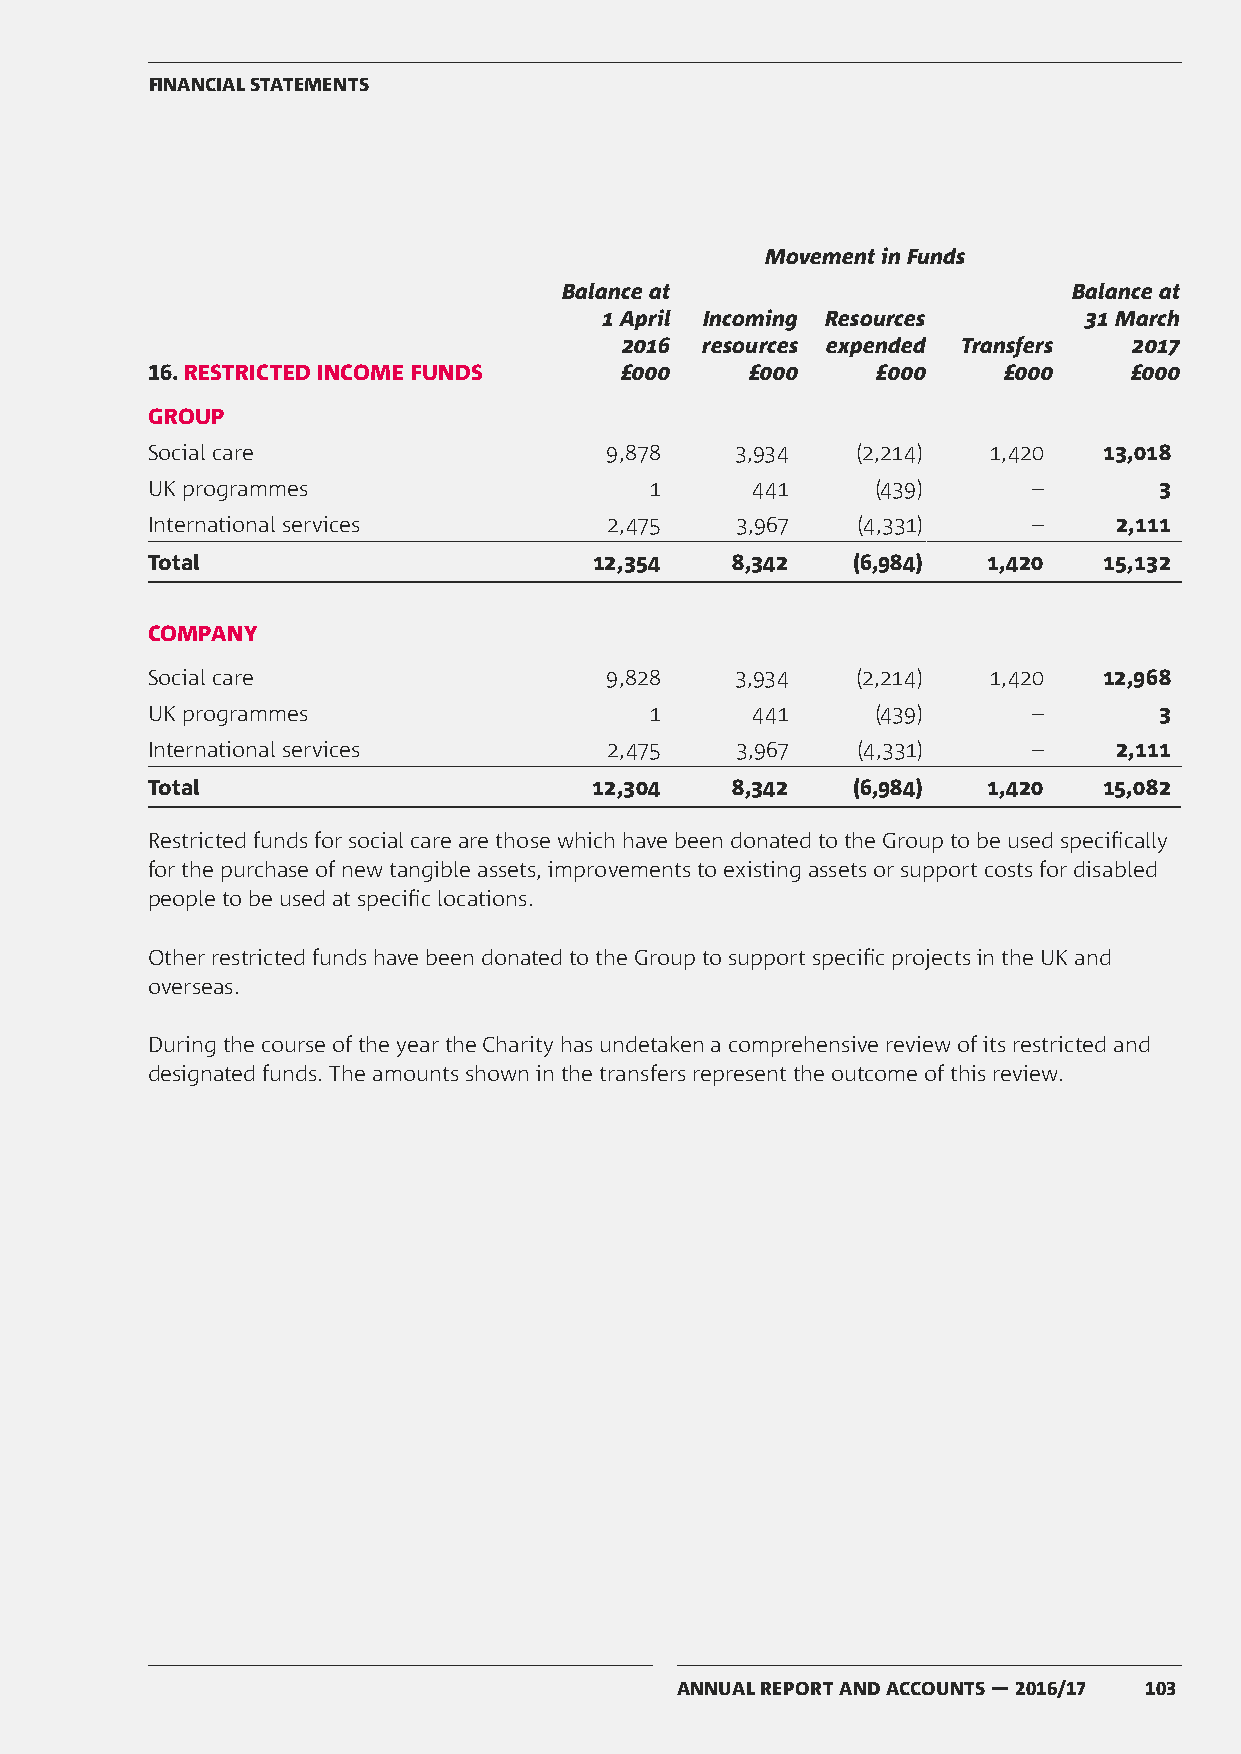
FINANCIAL STATEMENTS
 Movement in Funds
 Balance at                        Balance at
 1 April Incoming Resources      31 March
 2016 resources expended Transfers 2017
 16. RESTRICTED INCOME FUNDS    £000     £000    £000    £000     £000
 GROUP
 Social care                   9,878    3,934   (2,214) 1,420   13,018
 UK programmes                    1      441     (439)     –        3
 International services        2,475    3,967   (4,331)    –     2,111
 Total                        12,354   8,342   (6,984)  1,420   15,132
 COMPANY
 Social care                   9,828    3,934   (2,214) 1,420   12,968
 UK programmes                    1      441     (439)     –        3
 International services        2,475    3,967   (4,331)    –     2,111
 Total                        12,304   8,342   (6,984)  1,420   15,082
 Restricted funds for social care are those which have been donated to the Group to be used specifically
 for the purchase of new tangible assets, improvements to existing assets or support costs for disabled
 people to be used at specific locations.
 Other restricted funds have been donated to the Group to support specific projects in the UK and
 overseas.
 During the course of the year the Charity has undetaken a comprehensive review of its restricted and
 designated funds. The amounts shown in the transfers represent the outcome of this review.
 ANNUAL REPORT AND ACCOUNTS — 2016/17 103